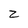
Character: z